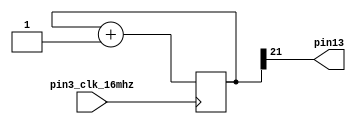
//-- Hello world example for the TinyFPGA_B2 board
//-- It just blinks the led conected to the pin13
module TinyFPGA_B (
    input pin3_clk_16mhz,
    output pin13);

//-- Modify this value for changing the blink frequency
localparam N = 21;  //-- N<=21 Fast, N>=23 Slow

reg [N:0] counter;
always @(posedge pin3_clk_16mhz)
  counter <= counter + 1;

assign pin13 = counter[N];

endmodule